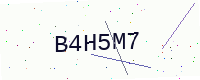
Text: B4H5M7